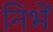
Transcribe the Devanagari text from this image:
निभें